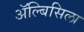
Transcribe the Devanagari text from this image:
ॲल्बिसिला